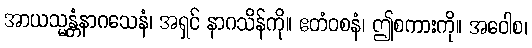
အာယသ္မန္တံနာဂသေနံ၊ အရှင် နာဂသိန်ကို။ ဧတံဝစနံ၊ ဤစကားကို။ အဝေါစ၊